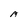
Character: A